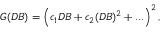
G ( D B ) = \left( c _ { 1 } D B + c _ { 2 } ( D B ) ^ { 2 } + . . . \right) ^ { 2 } ,